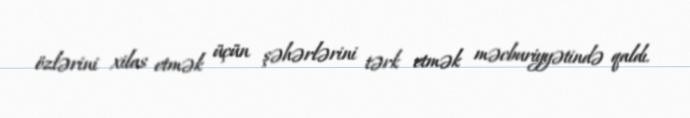
özlərini xilas etmək üçün şəhərlərini tərk etmək məcburiyyətində qaldı.